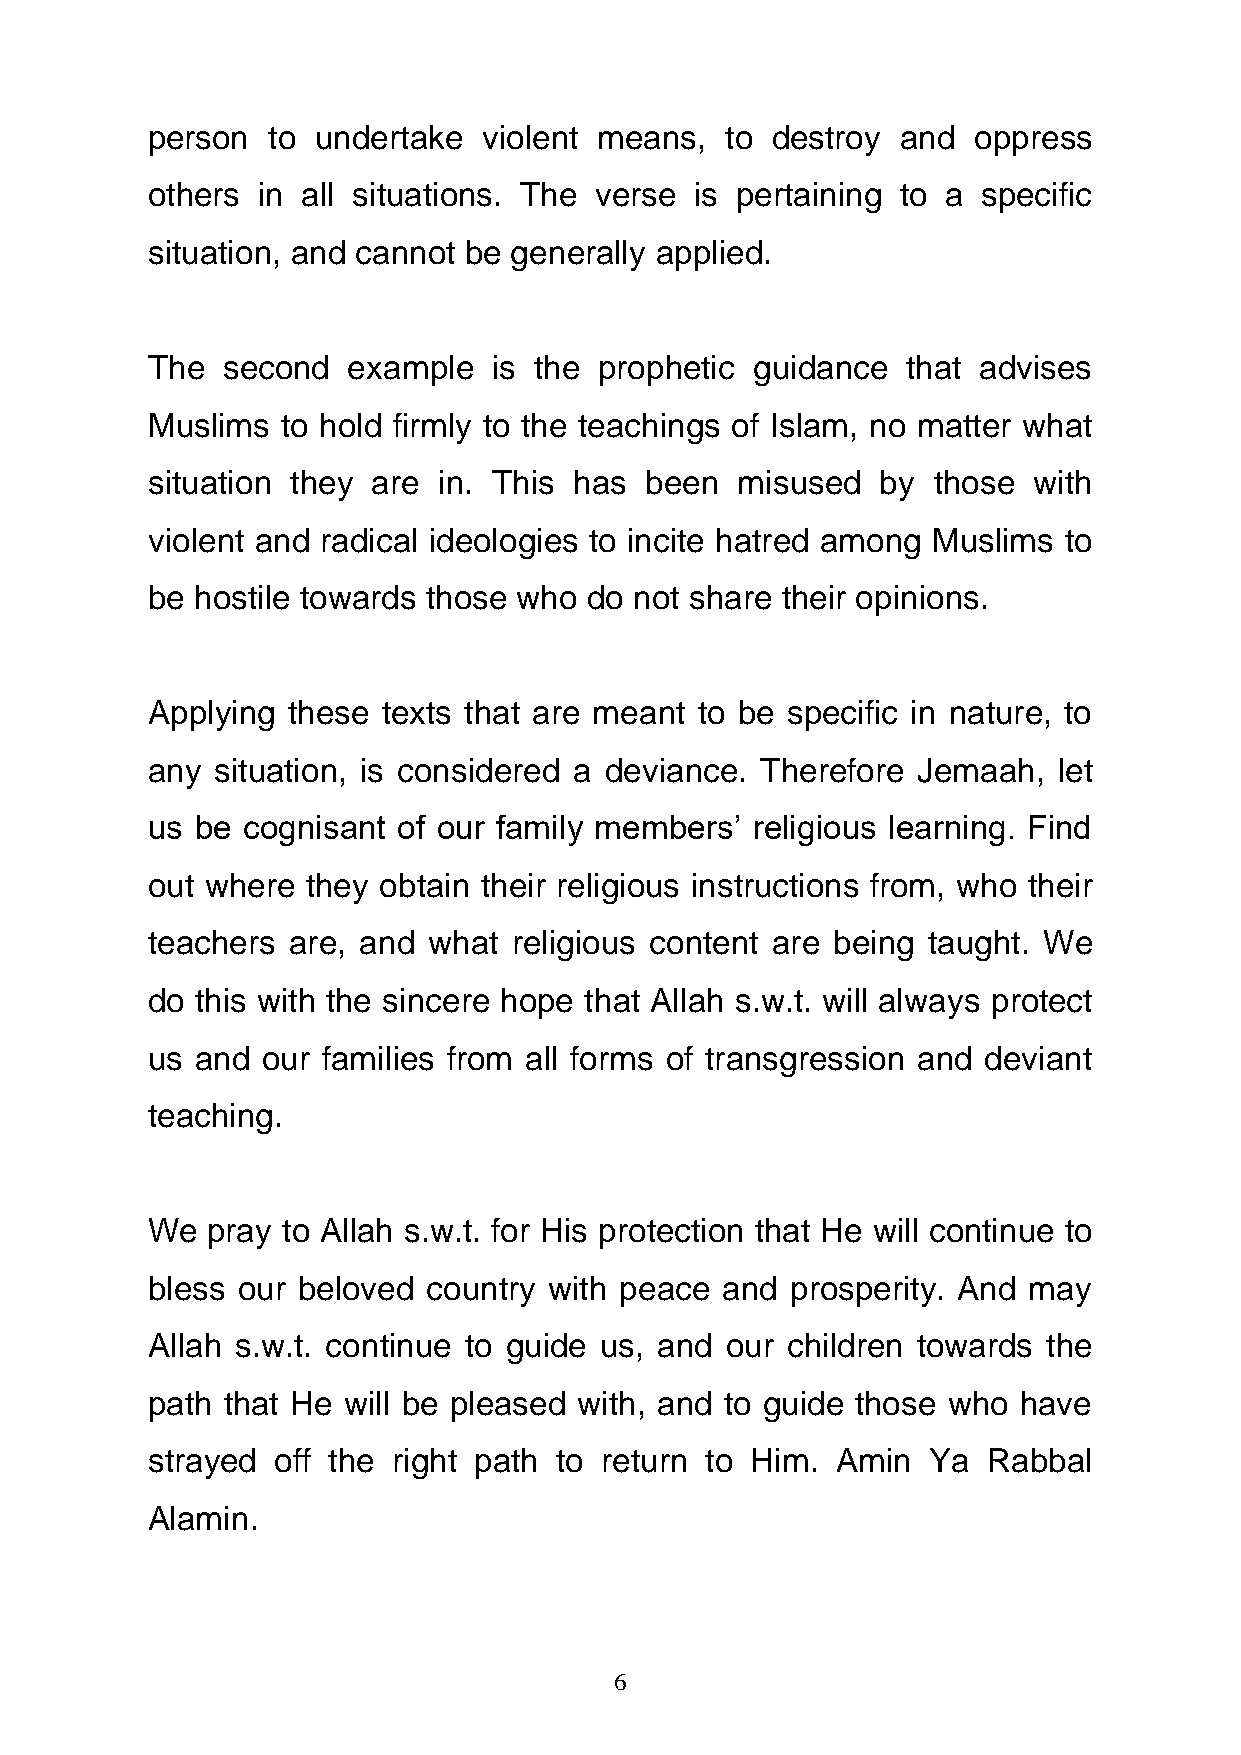
person  to undertake  violent means,  to destroy  and oppress
 others in all situations. The verse is pertaining to a specific
 situation, and cannot be generally applied.
 The  second  example   is the prophetic guidance  that advises
 Muslims  to hold firmly to the teachings of Islam, no matter what
 situation they are in. This has  been  misused  by  those with
 violent and radical ideologies to incite hatred among Muslims to
 be hostile towards those who do not share their opinions.
 Applying these texts that are meant to be specific in nature, to
 any situation, is considered a deviance. Therefore Jemaah,  let
 us be cognisant of our family members’  religious learning. Find
 out where they obtain their religious instructions from, who their
 teachers are, and what  religious content are being taught. We
 do this with the sincere hope that Allah s.w.t. will always protect
 us and our families from all forms of transgression and deviant
 teaching.
 We  pray to Allah s.w.t. for His protection that He will continue to
 bless our beloved country with peace  and prosperity. And may
 Allah s.w.t. continue to guide us, and our children towards the
 path that He will be pleased with, and to guide those who have
 strayed off the right path to return to Him. Amin   Ya Rabbal
 Alamin.
 6